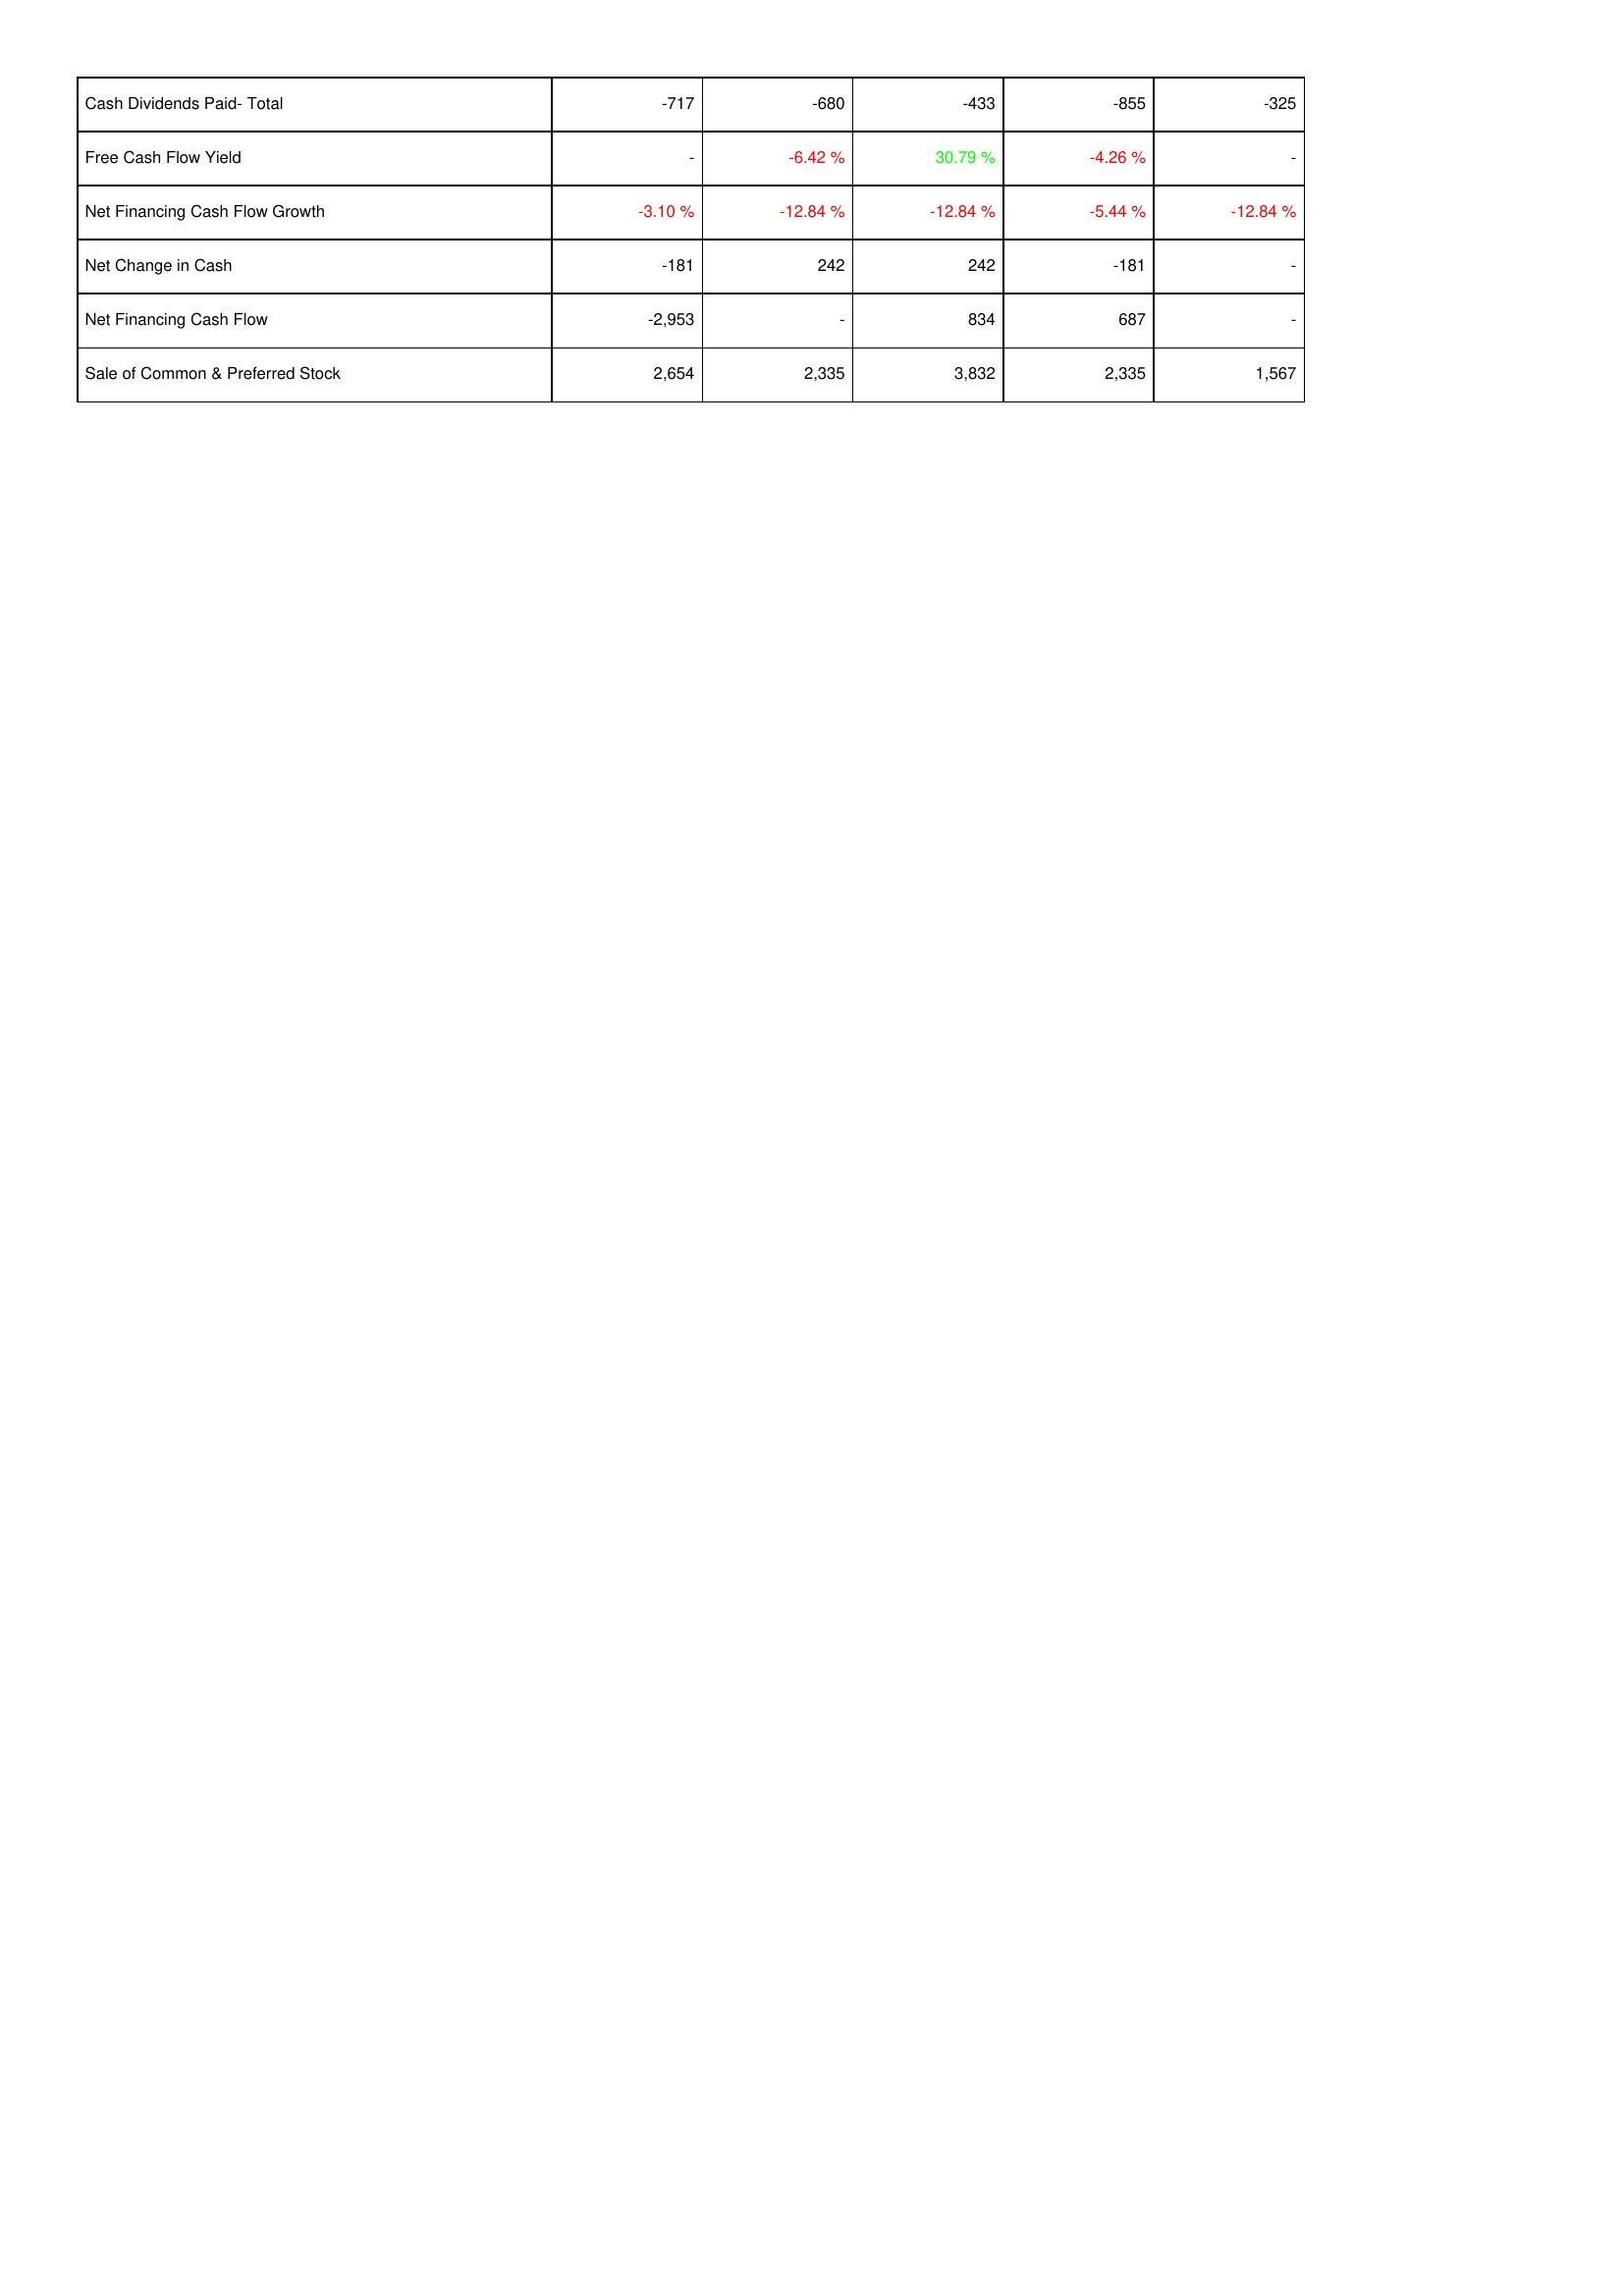
2006: Financing Activities: Cash Dividends Paid- Total: -717
Free Cash Flow Yield: -
Net Financing Cash Flow Growth: -3.10 %
Net Change in Cash: -181
Net Financing Cash Flow: -2,953
Sale of Common & Preferred Stock: 2,654
2007: Financing Activities: Cash Dividends Paid- Total: -680
Free Cash Flow Yield: -6.42 %
Net Financing Cash Flow Growth: -12.84 %
Net Change in Cash: 242
Net Financing Cash Flow: -
Sale of Common & Preferred Stock: 2,335
2008: Financing Activities: Cash Dividends Paid- Total: -433
Free Cash Flow Yield: 30.79 %
Net Financing Cash Flow Growth: -12.84 %
Net Change in Cash: 242
Net Financing Cash Flow: 834
Sale of Common & Preferred Stock: 3,832
2009: Financing Activities: Cash Dividends Paid- Total: -855
Free Cash Flow Yield: -4.26 %
Net Financing Cash Flow Growth: -5.44 %
Net Change in Cash: -181
Net Financing Cash Flow: 687
Sale of Common & Preferred Stock: 2,335
2010: Financing Activities: Cash Dividends Paid- Total: -325
Free Cash Flow Yield: -
Net Financing Cash Flow Growth: -12.84 %
Net Change in Cash: -
Net Financing Cash Flow: -
Sale of Common & Preferred Stock: 1,567